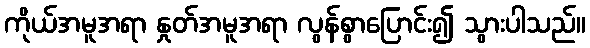
ကိုယ်အမူအရာ နှုတ်အမူအရာ လွန်စွာပြောင်း၍ သွားပါသည်။